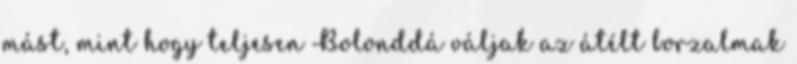
mást, mint hogy teljesen Bolonddá váljak az átélt borzalmak